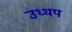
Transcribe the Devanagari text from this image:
उथ्थप